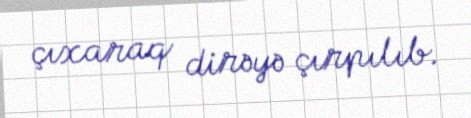
çıxaraq dirəyə çırpılıb.